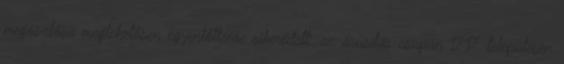
megoszlása meglehetősen egyenlőtlenre sikeredett: az árusítás csupán 1717 településen